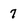
Character: 7